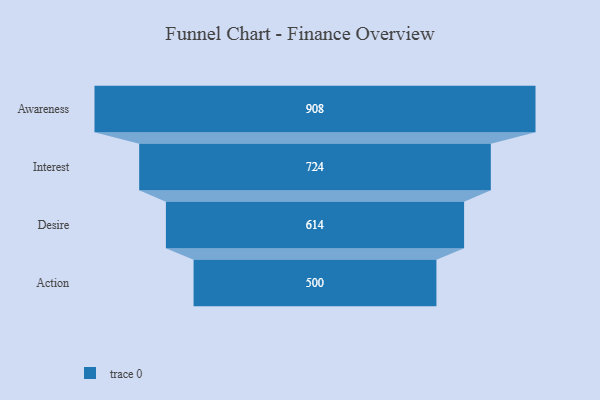
{"axis": {"x": "Stage", "y": "Value"}, "legend": [""], "data": [{"x": "Awareness", "y": 908.0, "type": ""}, {"x": "Interest", "y": 724.0, "type": ""}, {"x": "Desire", "y": 614.0, "type": ""}, {"x": "Action", "y": 500, "type": ""}]}